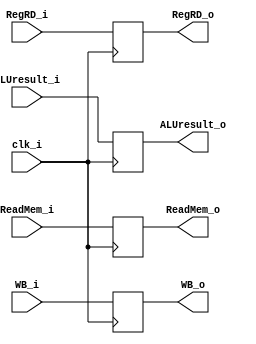
module MEM_WB(
    clk_i,
    WB_i,
    ReadMem_i,
    ALUresult_i,
    RegRD_i,
    WB_o,
    ReadMem_o,
    ALUresult_o,
    RegRD_o
);

// port
input           clk_i;
input   [1:0]   WB_i;
input   [31:0]  ReadMem_i;
input   [31:0]  ALUresult_i;
input   [4:0]   RegRD_i;
output reg  [1:0]   WB_o;
output reg  [31:0]  ReadMem_o;
output reg  [31:0]  ALUresult_o;
output reg  [4:0]   RegRD_o;

initial begin
    WB_o <= 0;
    ReadMem_o <= 0;
    ALUresult_o <= 0;
    RegRD_o <= 0;
end

// Write Data   
always@(posedge clk_i) begin
    WB_o <= WB_i;
    ReadMem_o <= ReadMem_i;
    ALUresult_o <= ALUresult_i;
    RegRD_o <= RegRD_i;
end

endmodule // MEM_WB